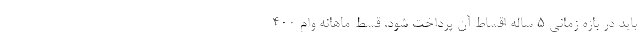
باید در بازه زمانی 5 ساله اقساط آن پرداخت شود. قسط ماهانه وام 400